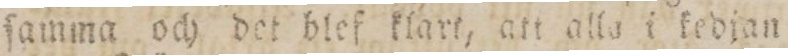
ſamma och det blef klart, att alla i kedjan